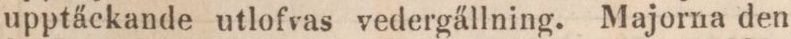
upptäckande utlofvas vedergällning. Majorna den